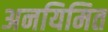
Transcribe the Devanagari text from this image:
अनयिमित